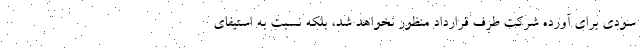
سودی برای آورده شرکت طرف قرارداد منظور نخواهد شد، بلکه نسبت به استیفای